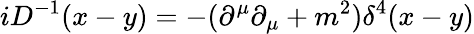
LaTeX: iD^{-1}(x-y)=-{(\partial^{\mu}\partial_{\mu}+m^{2})}{\delta^{4}(x-y)}